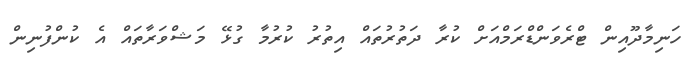
ހަނިމާދޫއިން ޓްރެވަންޑްރަމްއަށް ކުރާ ދަތުރުތައް އިތުރު ކުރުމާ ގުޅޭ މަޝްވަރާތައް އެ ކުންފުނިން